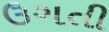
ઉગતી